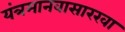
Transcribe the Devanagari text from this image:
यंत्रमानवासारखा